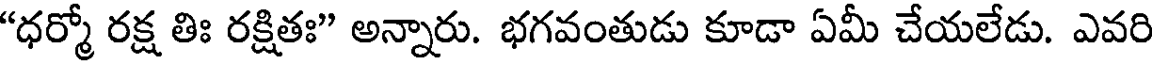
"ధర్మో రక్ష తిః రక్షితః" అన్నారు. భగవంతుడు కూడా ఏమీ చేయలేడు. ఎవరి